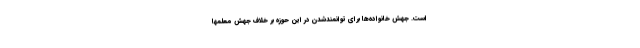
است. جهش خانواده‌ها برای توانمندشدن در این حوزه بر خلاف جهش معلمها